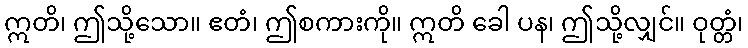
ဣတိ၊ ဤသို့သော။ ဧတံ၊ ဤစကားကို။ ဣတိ ခေါ ပန၊ ဤသို့လျှင်။ ဝုတ္တံ၊